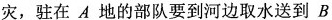
灾，驻在A地的部队要到河边取水送到B